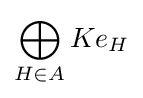
\bigoplus _{H\in A}Ke_{H}